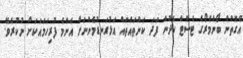
އެގޮތުން ބޯންމެރޯގެ ޓެސްޓް ހެދުން ފަދަ ކަންތައްތައް އަޅުގަނޑުމެންނަށް އެންމެ ފުރިހަމައަކަށް ނުކުރެވޭ.